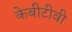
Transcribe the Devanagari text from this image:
केबीटीवी